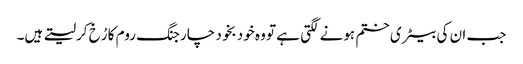
جب ان کی بیٹری ختم ہونے لگتی ہے تو وہ خود بخود چارجنگ روم کا رُخ کرلیتے ہیں۔